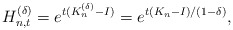
\begin{align*} H_{n,t}^{(\delta)}=e^{t(K_n^{(\delta)}-I)}=e^{t(K_n-I)/(1-\delta)},\end{align*}